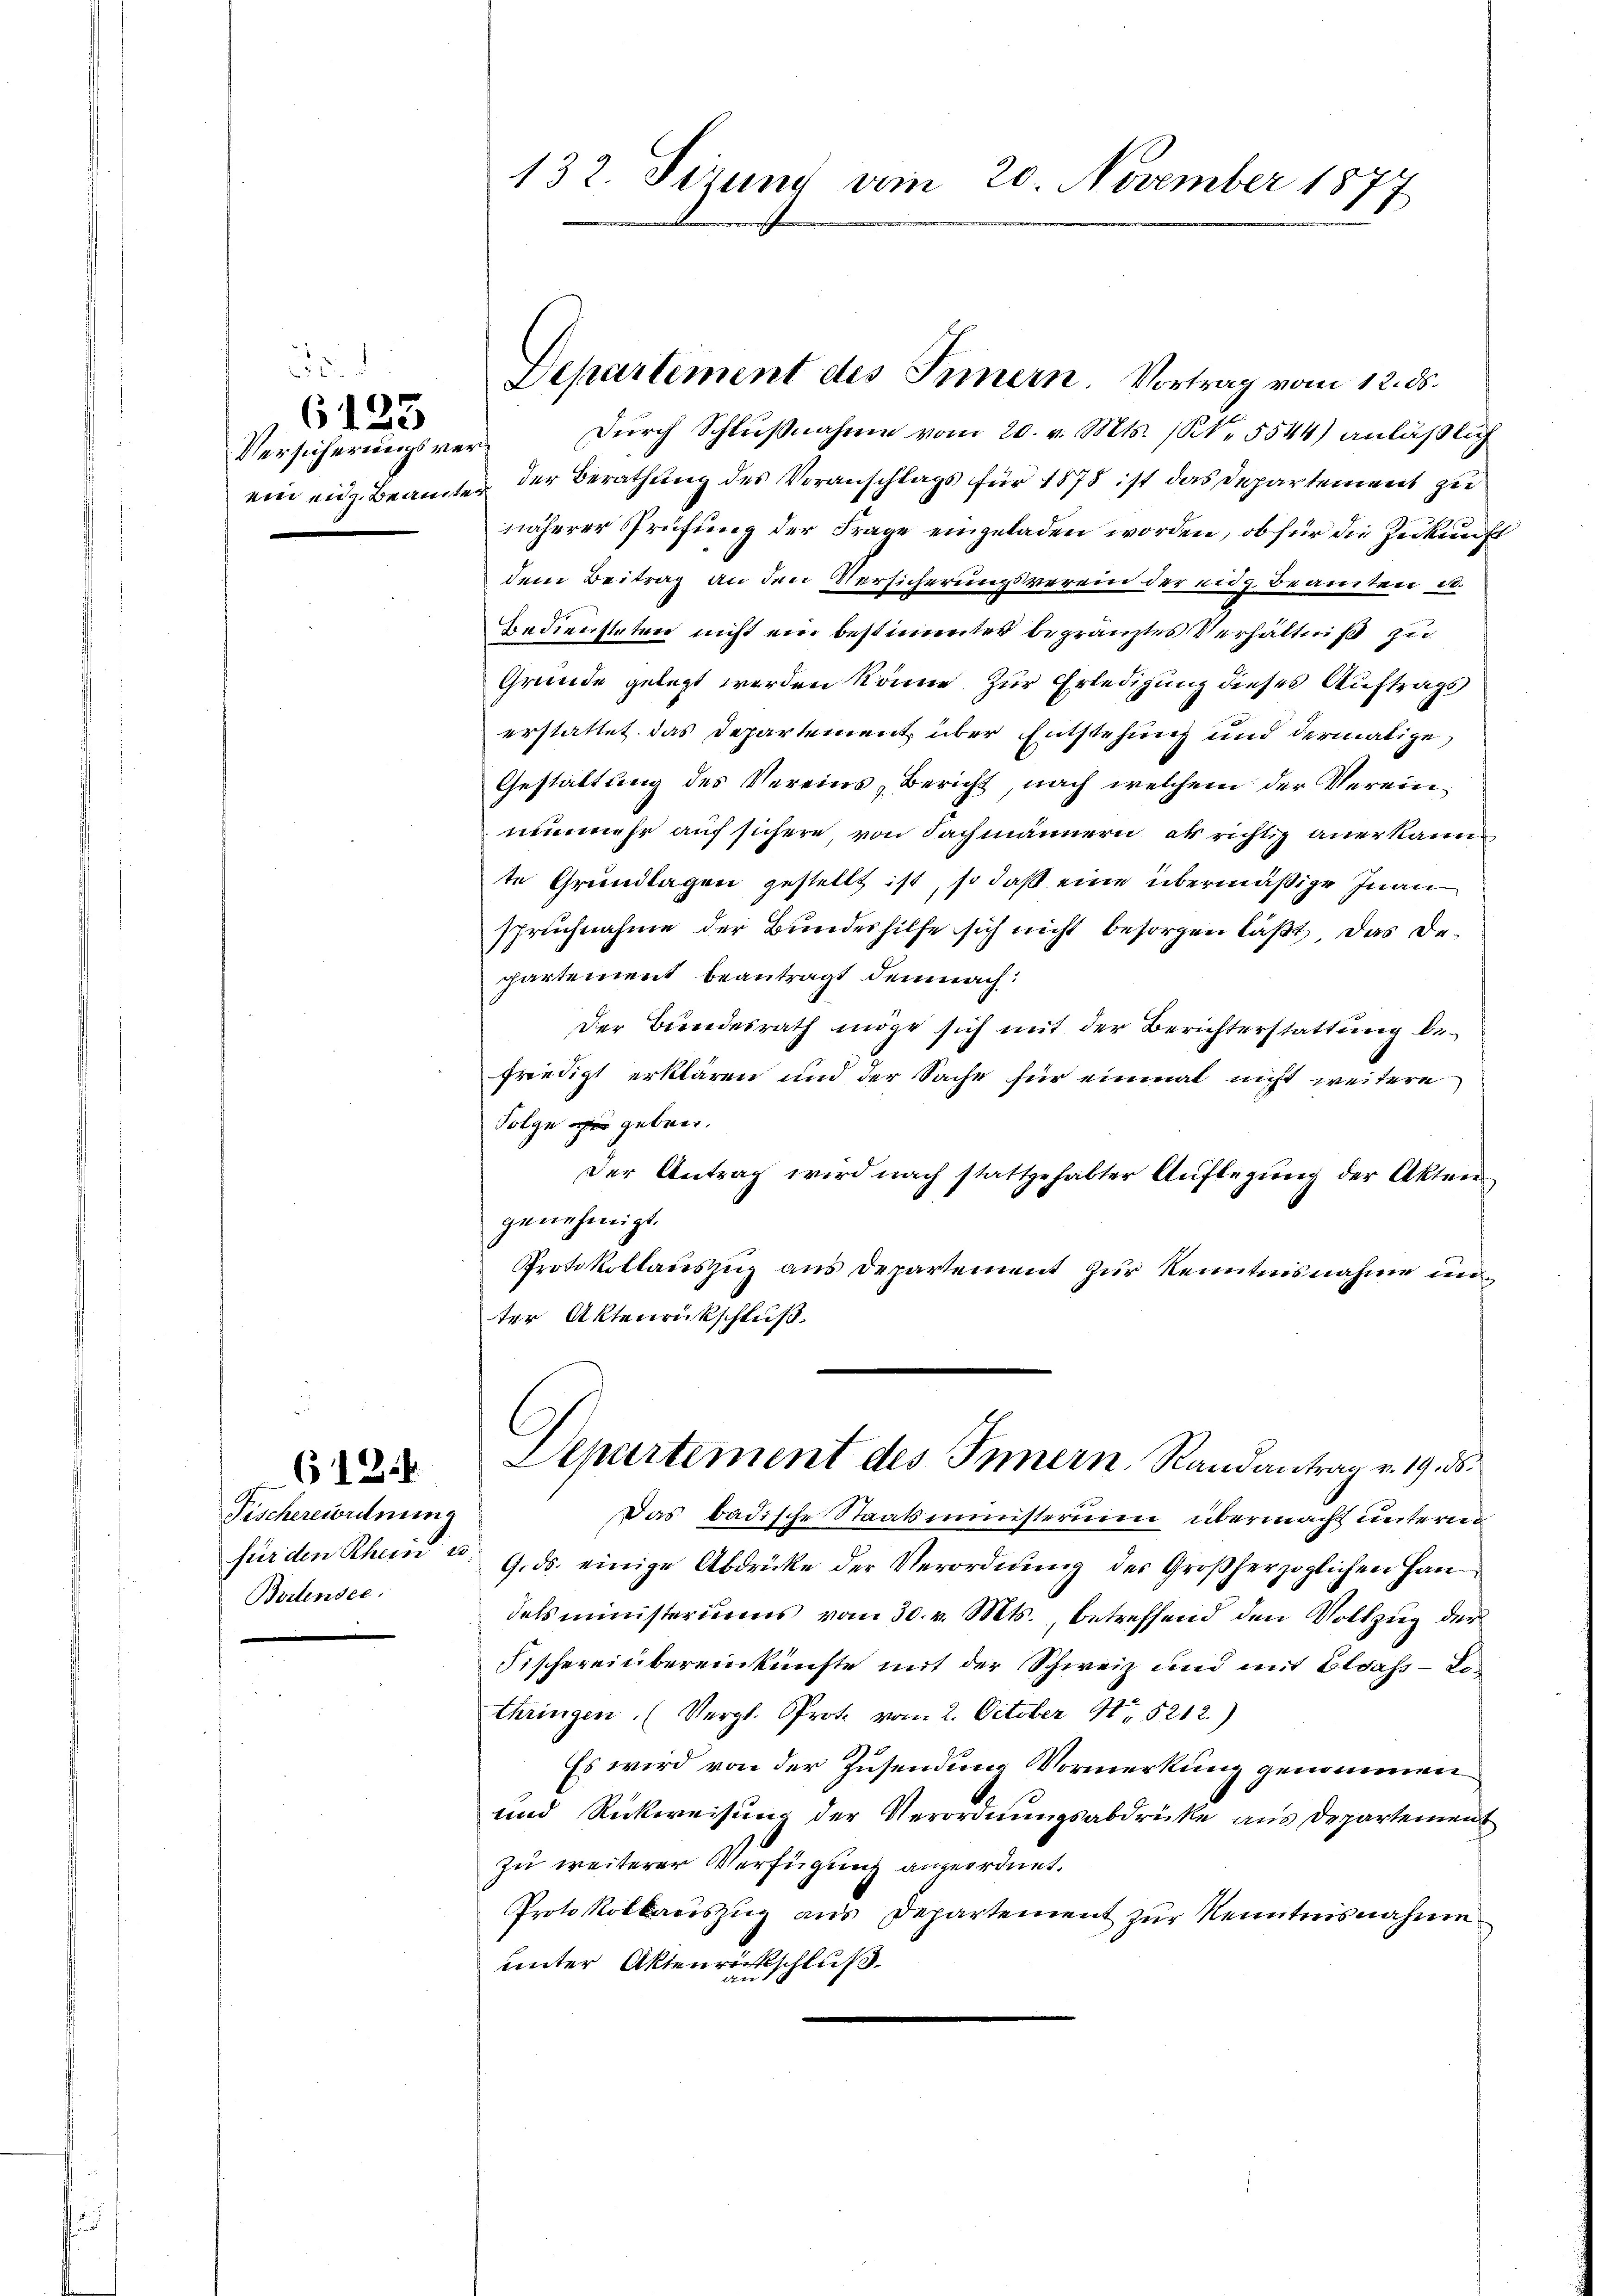
.
Versicherungsverein eidg. Beamter

6123

6124

Fischereiordnung
Bortensee.

der Berathung des Voranschlags für 1878 ist das Departement zu
näherer Prüfung der Frage eingeladen worden, ob für die Zukunft
dem Beitrag an den Versicherungsverein der eng Beamten u.
Bediensteten nicht ein bestimmtes begränztes Verhältniß zu
Gründe gelegt werden könne. Zur Erledigung dieses Auftrags
erstattet das Departement über Entstehung und dermalige
Gestaltung des Vereins, Bericht, nach welchem der Vereinnunmehr auf sichere, von Fachmännern, als richtig anerkannte Grundlagen gestellt ist, so daß eine übermäßige Inan
spruchnahme der Bundeshilfe sich nicht besorgen läßt, das Departement beantragt demnach:
Der Bundesrath möge sich mit der Berichterstattung befriedigt erklären und der Sache für einmal nicht weitere
Folge zu geben.
der Antrag wird nach stattgehabter Auflegung der Akten
genehmigt.
Protokollauszug aus Departement zur Kenntnisnahme un
ter Aktenrückschluß.
Departement des Innern Randantrag v. 19. ds.
Das badische Staatsministerium übermacht unterne
fürden Rhein u. 9. ds. einige Abdrücke der Verordnŭng des Großherzoglichen Han-
delsministeriums vom 30. v. Mts., betreffend den Vollzug der
Fischereinbereinkünfte mit der Schweiz und mit Eldass - Lethringen. (Vergl. Prote vom 2. October 11. 5212.)
Es wird von der Zusendung Vormerkung genommen
und Rückweisung der Verordnungsabdrücke aus Departement
zu weiterer Verfügung angeordnet.
Protokollauszug aus Departement zur Kenntnisnahme
unter Aktenrückschluß

132. Sizung vom 20. November 1877

Departement des Innern. Vortrag vom 12. ds.
Durch Schlußnahme vom 20. v. Mts. (N. 5544) anläßlich